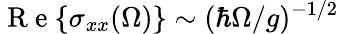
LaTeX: \mathrm{~R~e~}{\left\{ \sigma_{xx}(\Omega)\right\} }\sim(\hbar\Omega/g)^{-1/2}